Civil Veterinary Dept. North-West Frontier Province 1901-22 - 1901-1922
Year: 1901
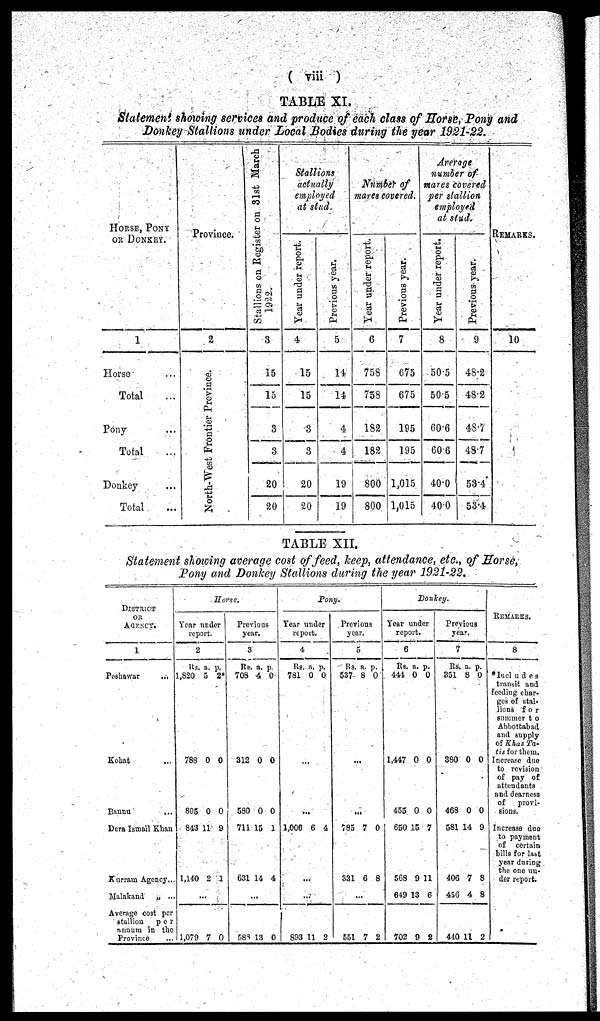
(viii)
TABLE XI.
Statement showing services and produce of each class of Horse, Pony and
Donkey Stallions under Local Bodies during the year 1921-22.
HORSE, PONY
OR DONKEY.
1
Horse ...
Total ...
Pony ...
Total ...
Donkey ...
Total ...
Province.
2
North-West Frontier Province.
Stallions on Register on 31st March
1922.
3
15
15
3
3
20
20
Stallions
actually
employed
at stud.
Year under report.
4
15
15
3
3
20
20
Previous year.
5
14
14
4
4
19
19
Number of
mares covered.
Year under report.
6
758
753
182
182
800
800
Previous year.
7
675
675
195
195
1,015
1,015
Average
number of
mares covered
per stallion
employed
at stud.
Year under report.
8
50.5
50.5
60.6
60.6
40.0
40.0
Previous year.
9
48.2
48.2
48.7
48.7
53.4
53.4
REMARKS.
10
TABLE XII.
Statement showing average cost of feed, keep, attendance, etc., of Horse,
Pony and Donkey Stallions during the year 1921-22.
District
OR
AGENCY.
1
Peshawar
...
Kohat ...
Bannu
...
Dera Ismail Khan
Kurram Agency...
Malakand
„ ...
Average cost per
stallion
per
annum in the
Province...
Horse.
Year under
report.
2
Rs.
1,820
788
805
843
1,140
1,079
a.
5
0
0
11
2
...
7
p.
2
0
0
9
1
0
Previous
year.
3
Rs.
708
312
580
711
631
583
a.
4
0
0
15
14
...
13
p.
0
0
0
1
4
0
Pony.
Year under
report.
4
Rs.
781
1,006
893
a.
0
...
...
6
...
...
11
p.
0
4
2
Previous
year.
5
Rs.
537
783
331
551
a.
8
...
...
7
6
...
7
p.
0
0
8
2
Donkey.
Year under
report.
6
Rs.
444
1,447
455
650
568
649
702
a.
0
0
0
15
9
13
9
p.
0
0
0
7
11
6
2
Previous
year.
7
Rs.
351
380
468
581
406
456
440
a.
8
0
0
14
7
4
11
p.
0
0
0
9
8
8
2
REMARKS.
8
*Includes
transit and
feeding ebar-
ges of stal-
lions for
summer to
Abhoitabad
and supply
of Khas Ta-
tis for them.
Increase due
to revision
of pay of
attendants
and dearness
of
provi-
sions.
Increase due
to payment
of certain
bills for last
year during
the one un-
der report.